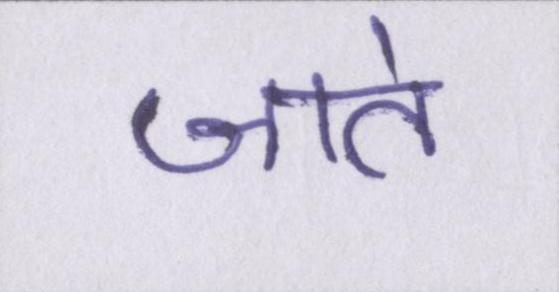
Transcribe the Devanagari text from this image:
जाते